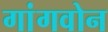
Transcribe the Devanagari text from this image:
गांगवोन